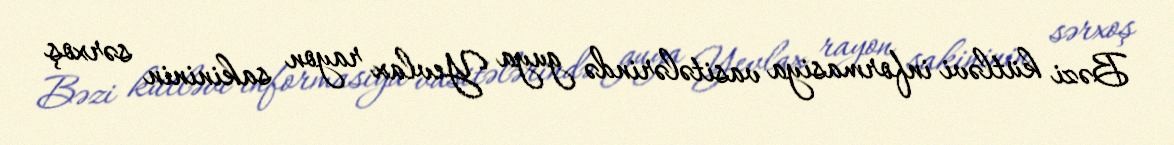
Bəzi kütləvi informasiya vasitələrində guya Yevlax rayon sakininin sərxoş